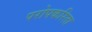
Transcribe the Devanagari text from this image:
परोपकरिता